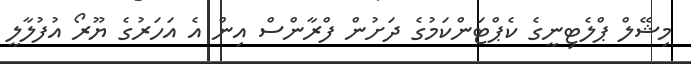
މިޝޭލް ޕްލެޓިނީގެ ކެޕްޓަންކަމުގެ ދަށުން ފްރާންސް އިން އެ އަހަރުގެ ޔޫރޯ އުފުލާލީ